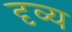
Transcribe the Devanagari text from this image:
दृव्य